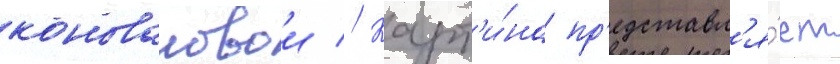
коноваловои // Карт'и́на пр'едставл'я́ет